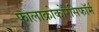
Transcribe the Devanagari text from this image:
फालाक्रोकोरैसिफॉर्म